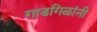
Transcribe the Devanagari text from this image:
गाडगिळांनी